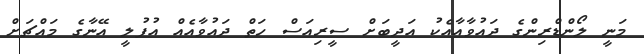
މަނީ ލޯންޑްރިންގެ ދައުވާއާއެކު އަދީބަށް ސީރިއަސް ހަތް ދައުވާއެއް އުފުލީ އޭނާގެ މައްޗަށް